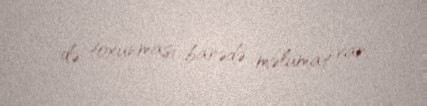
də toxunması barədə məlumat var.